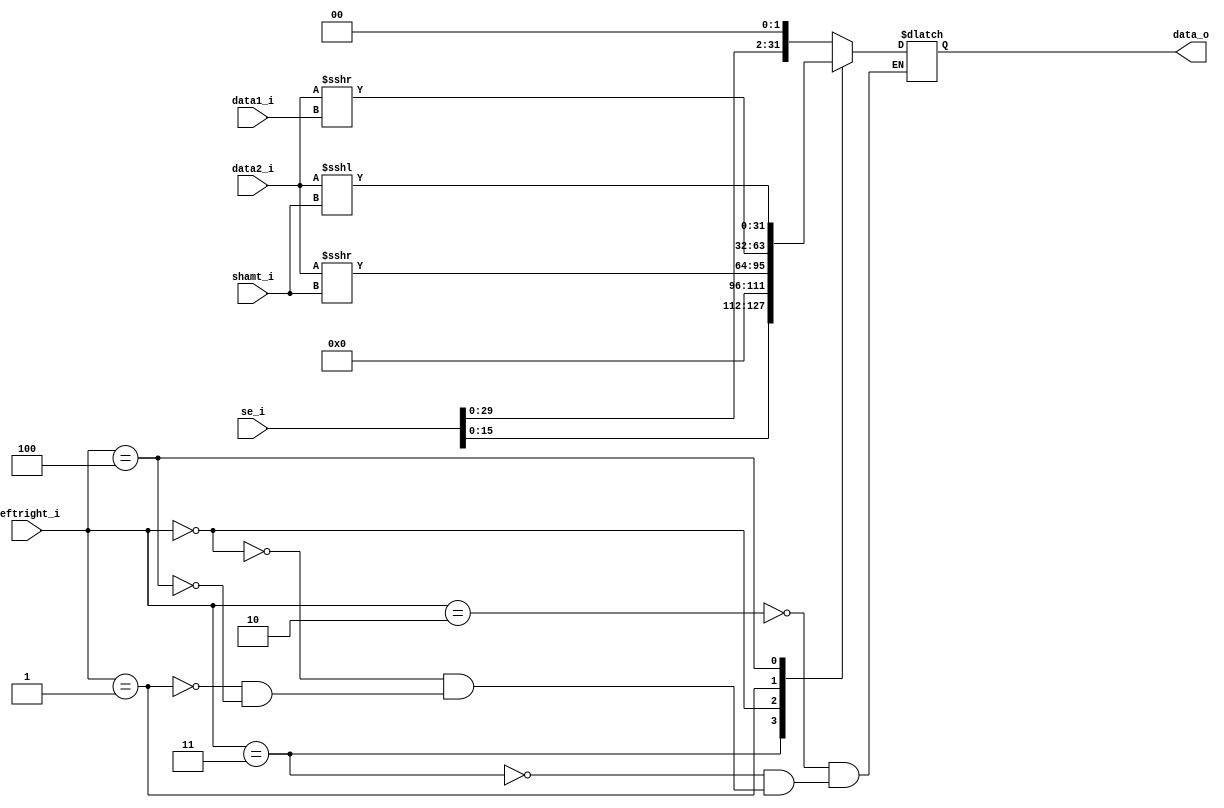


module Shift_Left_Two_32(
    se_i,
    shamt_i,
    data1_i,
    data2_i,
    leftright_i,
    data_o
    );

//I/O ports
input [32-1:0] se_i;
input [5-1:0] shamt_i;
input [32-1:0] data1_i;
input [32-1:0] data2_i;
input [3-1:0] leftright_i;
output [32-1:0] data_o;

reg     [32-1:0] data_o;

always@(*)begin
    //leftshift
    case(leftright_i)
        //branch leftshift 2
        //leftright 010
        3'b010: data_o <= se_i << 2;

        //lui leftshift 16
        //leftright 011
        3'b011: data_o <= se_i << 16;
        
        //sra
        //leftright 000
        3'b000: data_o <= $signed(data2_i) >>> shamt_i;

        //srav
        //leftright 001
        3'b001: data_o <= $signed(data2_i) >>> data1_i;

        //sll
        //leftright 100
        3'b100: data_o <= $signed(data2_i) <<< shamt_i;
        //
    endcase
end

endmodule